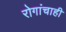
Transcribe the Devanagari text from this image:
रोगांचाही